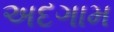
અદગામ